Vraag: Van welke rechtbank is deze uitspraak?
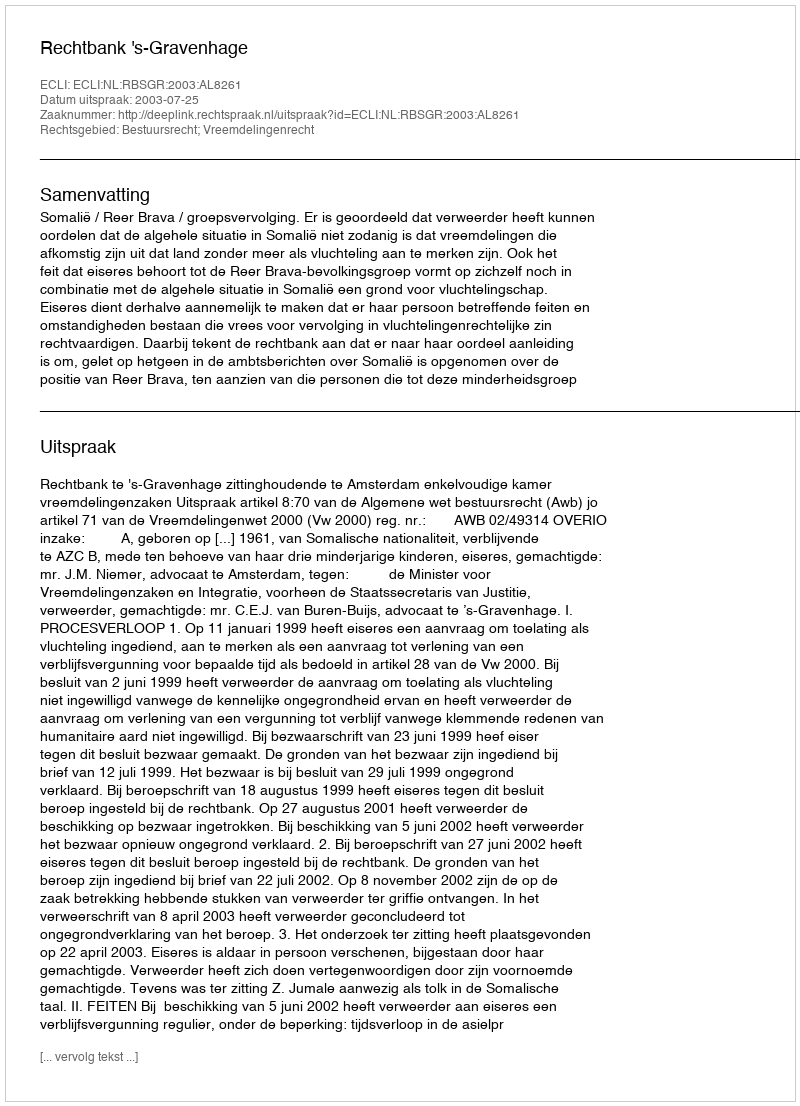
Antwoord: Rechtbank 's-Gravenhage